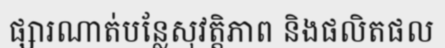
ផ្សារណាត់បន្លែសុវត្តិភាព និងផលិតផល